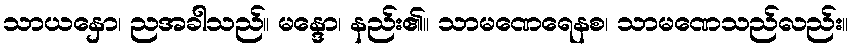
သာယနှော၊ ညအခါသည်။ မန္ဒော၊ နည်း၏။ သာမဏေရေနစ၊ သာမဏေသည်လည်း။